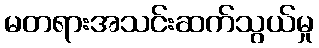
မတရားအသင်းဆက်သွယ်မှု